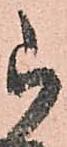
被